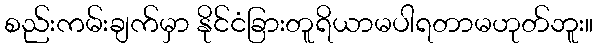
စည်းကမ်းချက်မှာ နိုင်ငံခြားတူရိယာမပါရတာမဟုတ်ဘူး။